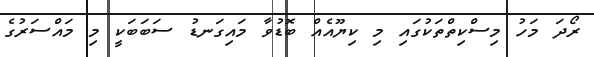
ރޯދަ މަހު މިސްކިތްތަކުގައި މި ކިޔޫއެއް ބޮޑުވާ މައިގަނޑު ސަބަބަކީ މި މައްސަރުގެ